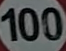
100